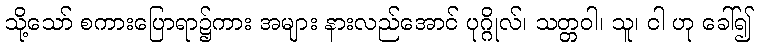
သို့သော် စကားပြောရာ၌ကား အများ နားလည်အောင် ပုဂ္ဂိုလ်၊ သတ္တဝါ၊ သူ၊ ငါ ဟု ခေါ်၍